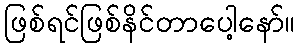
ဖြစ်ရင်ဖြစ်နိင်တာပေါ့နော်။